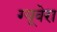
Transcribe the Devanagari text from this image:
ग्यूवेरा